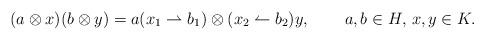
LaTeX: \begin{align*}(a\otimes x)(b\otimes y)=a(x_1\rightharpoonup b_1)\otimes (x_2\leftharpoonup b_2)y,&& a,b\in H,\,x,y\in K.\end{align*}